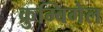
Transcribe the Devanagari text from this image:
क्रुम्बिगेल